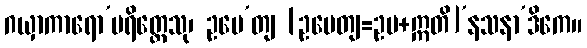
ဂယှာကာရော’ပရိတ္တေသု၊ ဥပေ’တျ [ဥပေတျ=ဥပ+ဣတိ]’နသနာ’ဒိကေ။